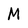
Character: M